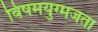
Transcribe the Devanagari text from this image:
विषमयुग्मजता